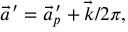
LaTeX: \vec { a } ^ { \, \prime } = \vec { a } _ { p } ^ { \, \prime } + \vec { k } / 2 \pi ,